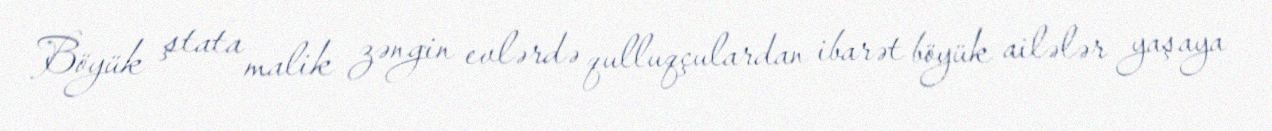
Böyük ştata malik zəngin evlərdə qulluqçulardan ibarət böyük ailələr yaşaya